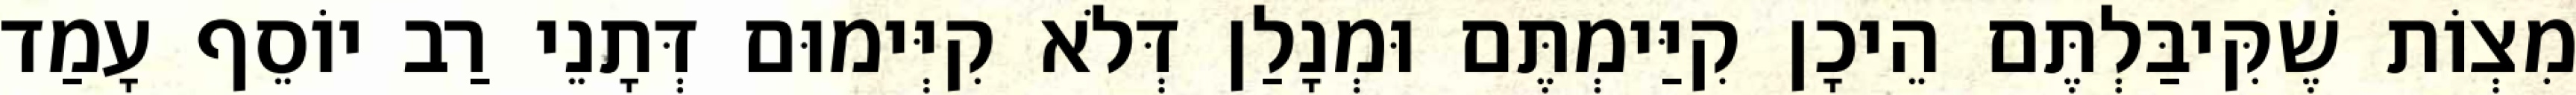
מִצְוֹת שֶׁקִּיבַּלְתֶּם הֵיכָן קִיַּימְתֶּם וּמְנָלַן דְּלֹא קִיְּימוּם דְּתָנֵי רַב יוֹסֵף עָמַד